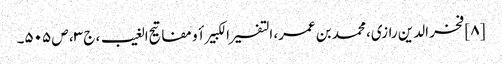
[۸] فخر الدین رازی، محمد بن عمر، التفسیر الکبیر أو مفاتیح الغیب، ج ۳، ص ۵۰۵۔